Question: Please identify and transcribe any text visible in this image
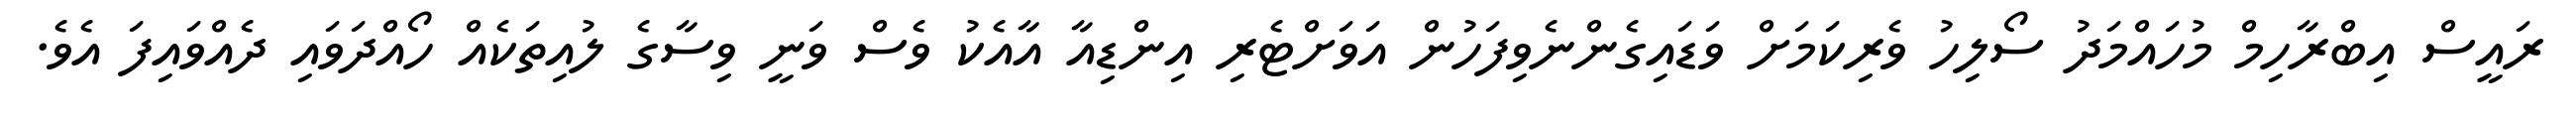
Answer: ރައީސް އިބްރާހިމް މުހައްމަދު ސޯލިހު ވެރިކަމަށް ވަޑައިގެންނެވިފަހުން އަވަށްޓެރި އިންޑިއާ އާއެކު ވެސް ވަނީ ވިސާގެ ލުއިތަކެއް ހޯއްދަވައި ދެއްވައިފަ އެވެ.